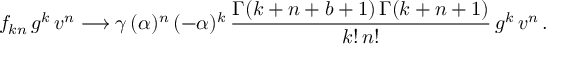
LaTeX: f _ { k n } \, g ^ { k } \, v ^ { n } \longrightarrow \gamma \, ( \alpha ) ^ { n } \, ( - \alpha ) ^ { k } \, \frac { \Gamma ( k + n + b + 1 ) \, \Gamma ( k + n + 1 ) } { k ! \, n ! } \, g ^ { k } \, v ^ { n } \, .